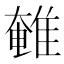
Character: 𮥽